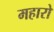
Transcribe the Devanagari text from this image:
महारो